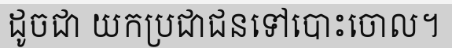
ដូចជា យកប្រជាជនទៅបោះចោល។